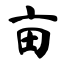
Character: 亩